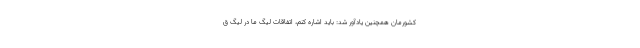
کشورمان همچنین یادآور شد: باید اشاره کنم، اتفاقات لیگ ما در لیگ ق